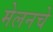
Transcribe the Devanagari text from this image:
मेलनचे